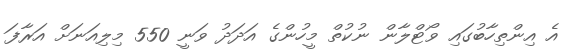
އެ އިންތިހާބުގައި ވޯޓްލާން ނުކުތް މީހުންގެ އަދަދު ވަނީ 550 މިލިއަނަށް އަރާފަ